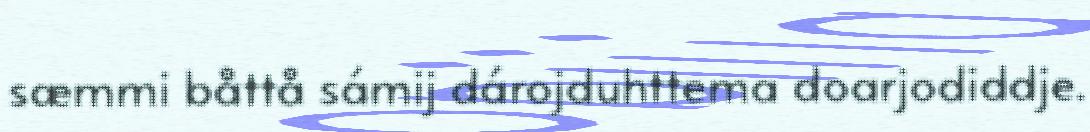
sæmmi båttå sámij dárojduhttema doarjodiddje.